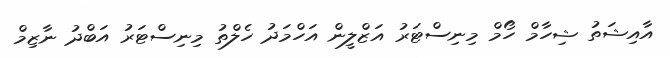
އާއިޝަތު ޝިހާމް ހޯމް މިނިސްޓަރު އަޒްލީން އަހްމަދު ހެލްތު މިނިސްޓަރު އަބްދު ނާޒިމް